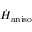
\dot { H } _ { \mathrm { a n i s o } }